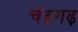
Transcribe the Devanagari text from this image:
चंद्रगढ़